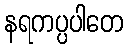
နရကပ္ပပါတေ